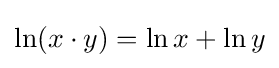
\ln(x\cdot y)=\ln x+\ln y